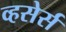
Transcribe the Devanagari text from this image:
व्हसेर्स